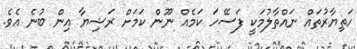
ހަތިޔާރުތައް ނައްތާލުމަކީ ފަސޭހަ ކަމެއް ނޫން ކަމަށް ރަޝިޔާ އިން ބުނެ އެވެ.